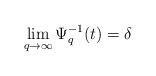
LaTeX: \begin{align*} \lim_{q\rightarrow\infty} \Psi^{-1}_q(t) = \delta\end{align*}